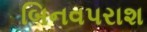
બિનવપરાશ